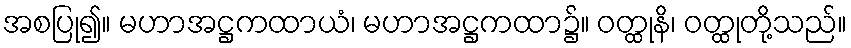
အစပြု၍။ မဟာအဋ္ဌကထာယံ၊ မဟာအဋ္ဌကထာ၌။ ဝတ္ထုနိ၊ ဝတ္ထုတို့သည်။